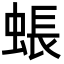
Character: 䗅